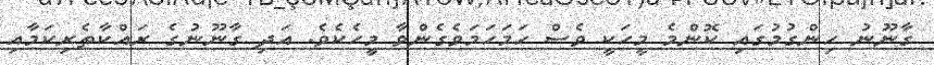
ގާނޫނު ހިންގުމުގައި ކޮންމެ މީހަކީ ވެސް ހަމަހަމަވެގެންވާ މީހެކެވެ. އަދި ގާނޫނުގެ ރައްކާތެރިކަމާއި